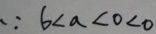
\because 6 < a < 0 < 0